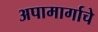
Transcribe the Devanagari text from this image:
अपामार्गाचे